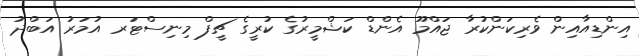
އިންޑިއާއިން ވެރިކަންކުރާ ޖައްމޫ އެންޑް ކަޝްމީރުގެ ކުރީގެ ޗީފް މިނިސްޓަރ އުމަރު އަބްދު